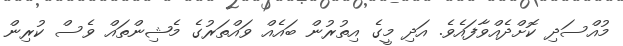
މުއްސަދި ކޮށްދެއްވާފައެވެ. އަދި މީގެ އިތުރުން ބައެއް ވައްތަރުގެ މެޝިންތައް ވެސް ކުރިން